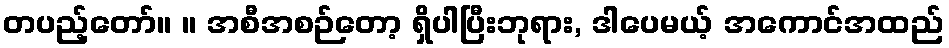
တပည့်တော်။ ။ အစီအစဉ်တော့ ရှိပါပြီးဘုရား, ဒါပေမယ့် အကောင်အထည်